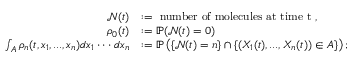
\begin{array} { r l } { \mathcal { N } ( t ) } & { : = \mathrm { ~ n u m b e r ~ o f ~ m o l e c u l e s ~ a t ~ t i m e ~ t ~ } , } \\ { \rho _ { 0 } ( t ) } & { : = \mathbb { P } ( \mathcal { N } ( t ) = 0 ) } \\ { \int _ { A } \rho _ { n } ( t , x _ { 1 } , . . . , x _ { n } ) d x _ { 1 } \cdot \cdot \cdot d x _ { n } } & { : = \mathbb { P } \left( \{ \mathcal { N } ( t ) = n \} \cap \{ ( X _ { 1 } ( t ) , . . . , X _ { n } ( t ) ) \in A \} \right) ; } \end{array}